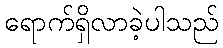
ရောက်ရှိလာခဲ့ပါသည်